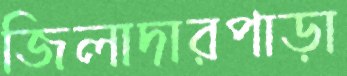
জিলাদারপাড়া